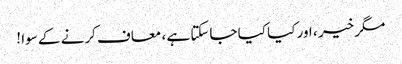
مگر خیر ، اور کیا کیا جاسکتا ہے ، معاف کرنے کے سوا !